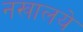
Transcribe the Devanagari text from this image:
नखालये